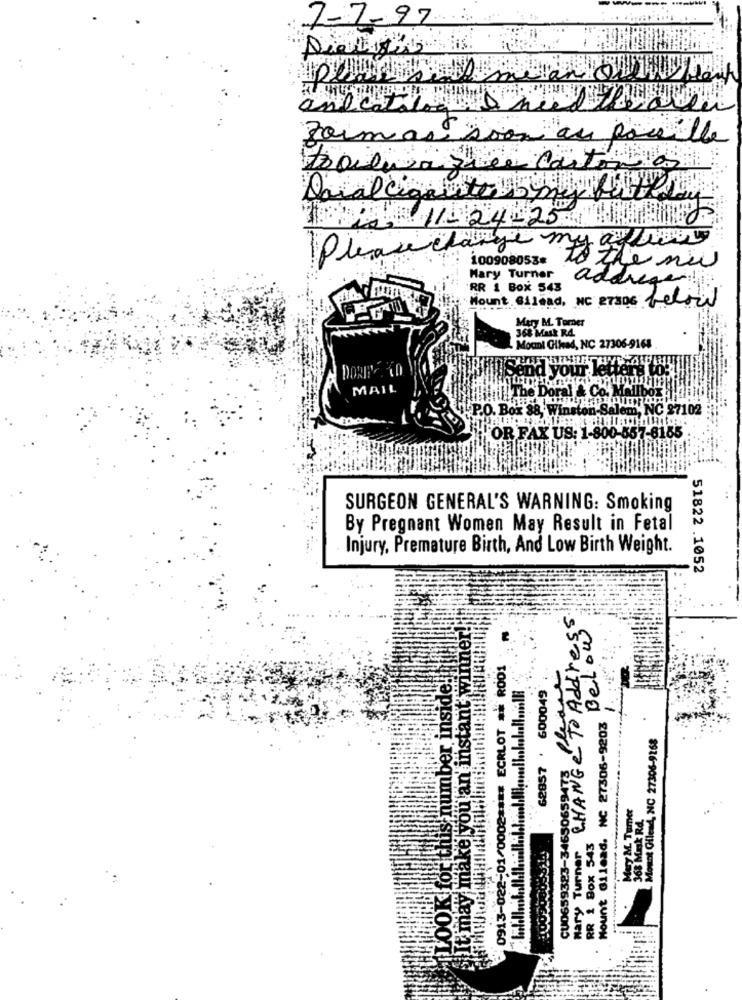
7-7-97
antestilo
Foiman
pareille
Dacal ligante 5 my full day
11- 24-25
my a love
Please change
1009080538
to the new
Mary Turner
addreger:
RR 1 Box 543
Mount Gilead, NC 27306 below
Mary M. Tomer
368 Mask R4.
Moul Gikad, NC 27306-9168
DORES CO
d your let
MAIL
Poral & Co. Mallbox
P.O. Box 88, Winstor
Las-Salem, NC 27102
"OR FAX US: 1-800-557-6165
SURGEON GENERAL'S WARNING: Smoking
By Pregnant Women May Result in Fetal
Injury, Premature Birth, And Low Birth Weight.
51822 .1052
Belongs
It may make you an instant winner!
CHANGE THE
LOOK for this number inside !!
0913-022-01/0002 **** ECRLOT ** R001
62857 . 600049
Mount Gilead. NC 27306-9203
Mount Gilead, NC 27306-9168
CU0659323-34650659478
Muy M. Tumer
368 Mask Rd.
-----
mary Turner
RR 1 Box 543